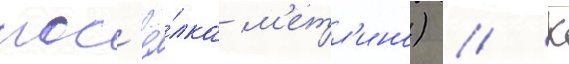
пос'ё́лка м'етл'ино) // К